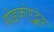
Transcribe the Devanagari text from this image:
गोइकोएट्क्सेया